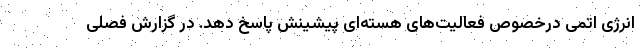
انرژی اتمی درخصوص فعالیت‌های هسته‌ای پیشینش پاسخ دهد. در گزارش فصلی